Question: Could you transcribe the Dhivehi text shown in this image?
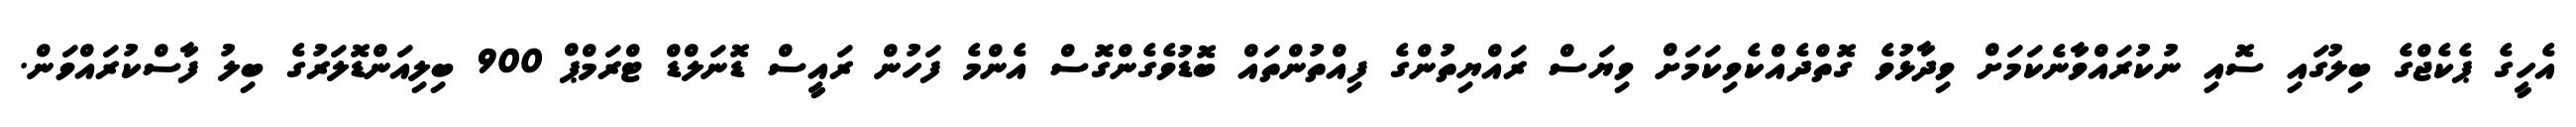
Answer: އެހީގެ ޕެކެޖްގެ ބިލުގައި ސޮއި ނުކުރައްވާނެކަމަށް ވިދާޅުވެ ގޮތްދެއްކެވިކަމަށް ވިޔަސް ރައްޔިތުންގެ ފިއްތުންތައް ބޮޑުވެގެންގޮސް އެންމެ ފަހުން ރައީސް ޑޮނަލްޑް ޓްރަމްޕް 900 ބިލިއަންޑޮލަރުގެ ބިލު ފާސްކުރައްވަން.